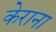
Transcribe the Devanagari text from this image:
केराना